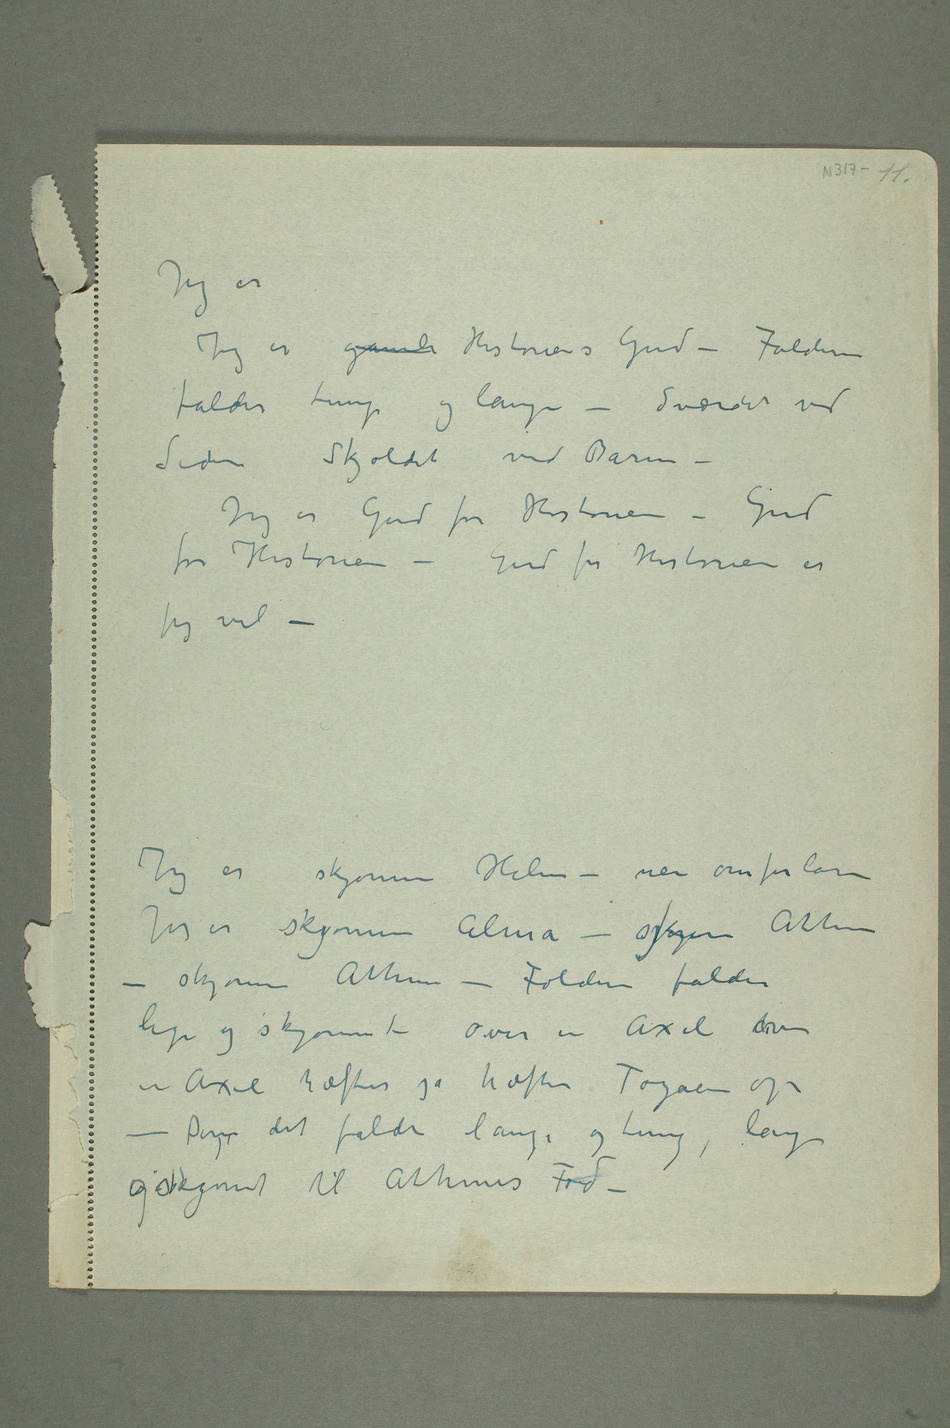
Jeg er
Jeg er gamle Historiens Gud – Folderne
falder tunge og lange – Sværdet ved
SidenSkjoldet ved Barm
– Jeg er Gud for Historien – Gud
for Historien – Gud for Historien er
jeg vel
– Jeg er skjønne Helene – nei omforlatelse
Jeg er skjønne Alma – skjønne Athene –
skjønne Athene – Foldene falder
lige og skjønne – over en Axel over
en Axel hæftes på hoftenTogaen op
– D det falder lang og tung, lang
og skjønt til Athenes Fod –